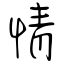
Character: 情